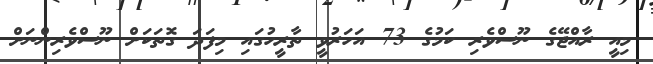
މިއީ ރާއްޖޭގެ ނޫސްވެރި ކަމުގެ 73 އަހަރުވީ ތާރީހުގައި މިފަދަ ގޮތަކަށް ނޫސްވެރިންނަށް